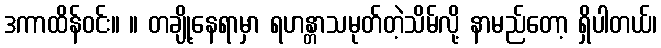
ဒကာထိန်ဝင်း။ ။ တချို့နေရာမှာ ရဟန္တာသမုတ်တဲ့သိမ်လို့ နာမည်တော့ ရှိပါတယ်၊